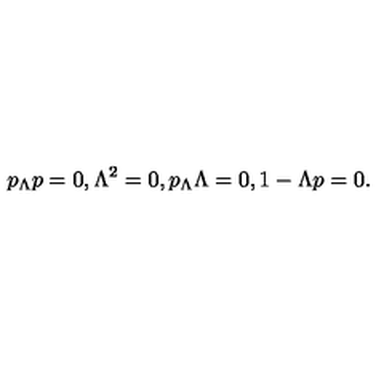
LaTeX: p _ { \Lambda } p = 0 , \Lambda ^ { 2 } = 0 , p _ { \Lambda } \Lambda = 0 , 1 - \Lambda p = 0 .